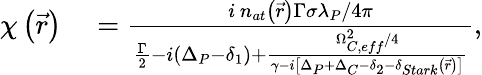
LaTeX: \begin{array}{rl}{\chi\left(\vec{r}\right)}&{{}=\frac{i\, n_{at}\left(\vec{r}\right)\Gamma\sigma\lambda_{P}/4\pi}{\frac{\Gamma}{2}-i(\Delta_{P}-\delta_{1})+\frac{\Omega_{C,eff}^{2}/4}{\gamma-i\left[\Delta_{P}+\Delta_{C}-\delta_{2}-\delta_{Stark}\left(\vec{r}\right)\right]}},}\end{array}